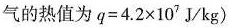
气的热值为$$q = 4 . 2 \times 1 0 ^ { 7 } J / k g$$)